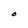
Character: O